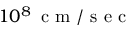
1 0 ^ { 8 } \, \mathrm { ~ c ~ m ~ / ~ s ~ e ~ c ~ }